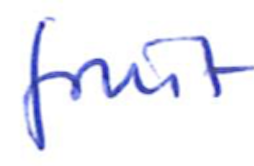
Text: fruit
Cross-out: clean
Writing tool: ballpoint